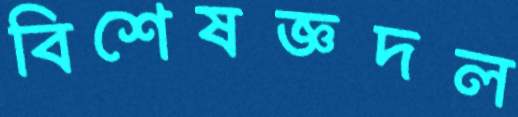
বিশেষজ্ঞদল